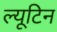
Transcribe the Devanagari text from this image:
ल्यूटिन